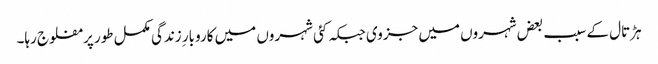
ہڑتال کے سبب بعض شہروں میں جزوی جبکہ کئی شہروں میں کاروبار ِزندگی مکمل طور پر مفلوج رہا۔